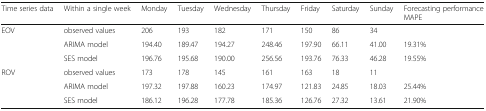
<table><thead><tr><td><b>Time series data</b></td><td><b>Within a single week</b></td><td><b>Monday</b></td><td><b>Tuesday</b></td><td><b>Wednesday</b></td><td><b>Thursday</b></td><td><b>Friday</b></td><td><b>Saturday</b></td><td><b>Sunday</b></td><td><b>Forecasting performance MAPE</b></td></tr></thead><tbody><tr><td rowspan="3">EOV</td><td>observed values</td><td>206</td><td>193</td><td>182</td><td>171</td><td>150</td><td>86</td><td>34</td><td></td></tr><tr><td>ARIMA model</td><td>194.40</td><td>189.47</td><td>194.27</td><td>248.46</td><td>197.90</td><td>66.11</td><td>41.00</td><td>19.31%</td></tr><tr><td>SES model</td><td>196.76</td><td>195.68</td><td>190.00</td><td>256.56</td><td>193.76</td><td>76.33</td><td>46.28</td><td>19.55%</td></tr><tr><td rowspan="3">ROV</td><td>observed values</td><td>173</td><td>178</td><td>145</td><td>161</td><td>163</td><td>18</td><td>11</td><td></td></tr><tr><td>ARIMA model</td><td>197.32</td><td>197.88</td><td>160.23</td><td>174.97</td><td>121.83</td><td>24.85</td><td>18.03</td><td>25.44%</td></tr><tr><td>SES model</td><td>186.12</td><td>196.28</td><td>177.78</td><td>185.36</td><td>126.76</td><td>27.32</td><td>13.61</td><td>21.90%</td></tr></tbody></table>